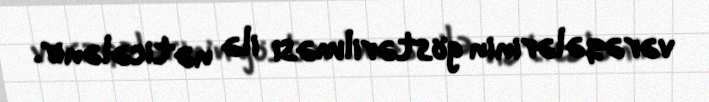
vərəqələrinin göstərilməsi ilə nəticələnir.